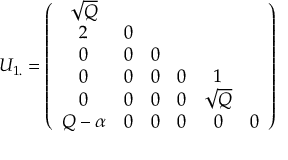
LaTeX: U _ { 1 . } = \left( \begin{array} { c c c c c c c } { { \sqrt { Q } } } \\ { { 2 } } & { { 0 } } \\ { { 0 } } & { { 0 } } & { { 0 } } \\ { { 0 } } & { { 0 } } & { { 0 } } & { { 0 } } & { { 1 } } \\ { { 0 } } & { { 0 } } & { { 0 } } & { { 0 } } & { { \sqrt { Q } } } \\ { { Q - \alpha } } & { { 0 } } & { { 0 } } & { { 0 } } & { { 0 } } & { { 0 } } \end{array} \right)